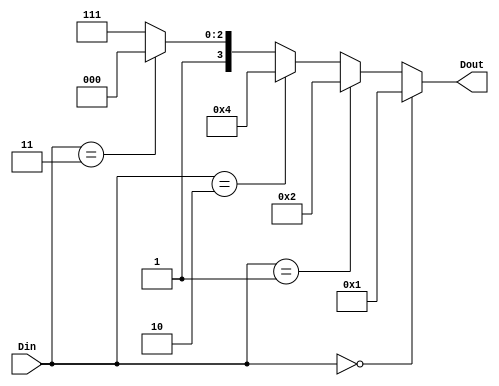
module Decoder2to4 (Din,Dout);
input [1:0] Din;
output [3 : 0] Dout;

assign {Dout} = 
( {Din} == 2'b00) ? 4'b0001 : 

( {Din} == 2'b01) ? 4'b0010 : 

( {Din} == 2'b10) ? 4'b0100 : 

( {Din} == 2'b11) ? 4'b1000 : 

 4'b1111;

endmodule